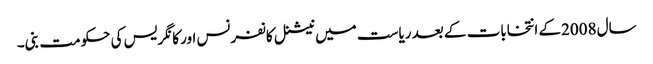
سال 2008کے انتخابات کے بعد ریاست میں نیشنل کانفرنس اور کانگریس کی حکومت بنی۔